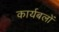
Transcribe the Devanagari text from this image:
कार्यबलों